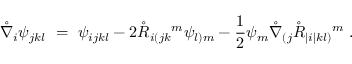
\mathring { \nabla } _ { i } \psi _ { j k l } \ = \ \psi _ { i j k l } - 2 \mathring { R } _ { i ( j k } { } ^ { m } \psi _ { l ) m } - \frac 1 2 \psi _ { m } \mathring { \nabla } _ { ( j } \mathring { R } _ { | i | k l ) } { } ^ { m } ~ .